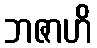
ဘဇာဟိ